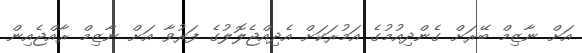
އަށް ނާޒިމް ބޭރަށް ގެންދިއުމުގެ އަމުރަކަށް އެދިއްޖެލޮލުގެ ފަރުވާ އަށް ނާޒިމް ރާއްޖެއިން